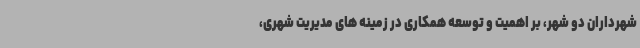
شهرداران دو شهر، بر اهمیت و توسعه همکاری در زمینه های مدیریت شهری،